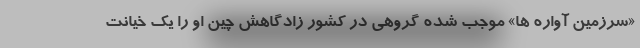
«سرزمین آواره ها» موجب شده گروهی در کشور زادگاهش چین او را یک خیانت